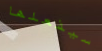
سيفعلها